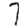
Digit: 7